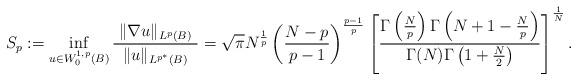
LaTeX: \begin{align*}S_p := \inf_{u \in W^{1,p}_0(B)} \frac{\ \|\nabla u\|_{L^p(B)}\ }{\|u\|_{L^{p^*}(B)}}= \sqrt{\pi}N^{\frac1p}\left(\frac{N-p}{p-1}\right)^{\frac{p-1}{p}} \left[ \frac{ \Gamma\left(\frac{N}{p}\right)\Gamma\left(N+1-\frac{N}{p}\right) } { \Gamma(N)\Gamma\left(1+\frac{N}{2}\right) } \right]^{\frac1N}.\end{align*}